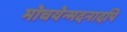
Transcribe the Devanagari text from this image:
मोचयेन्मदनादपि